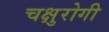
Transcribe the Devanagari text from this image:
चक्षुरोगी